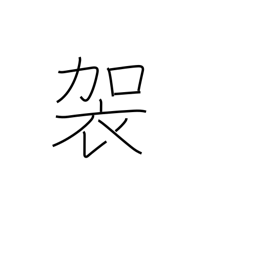
Meaning: a coarse camlet